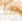
قد